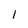
Character: l